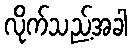
လိုက်သည့်အခါ